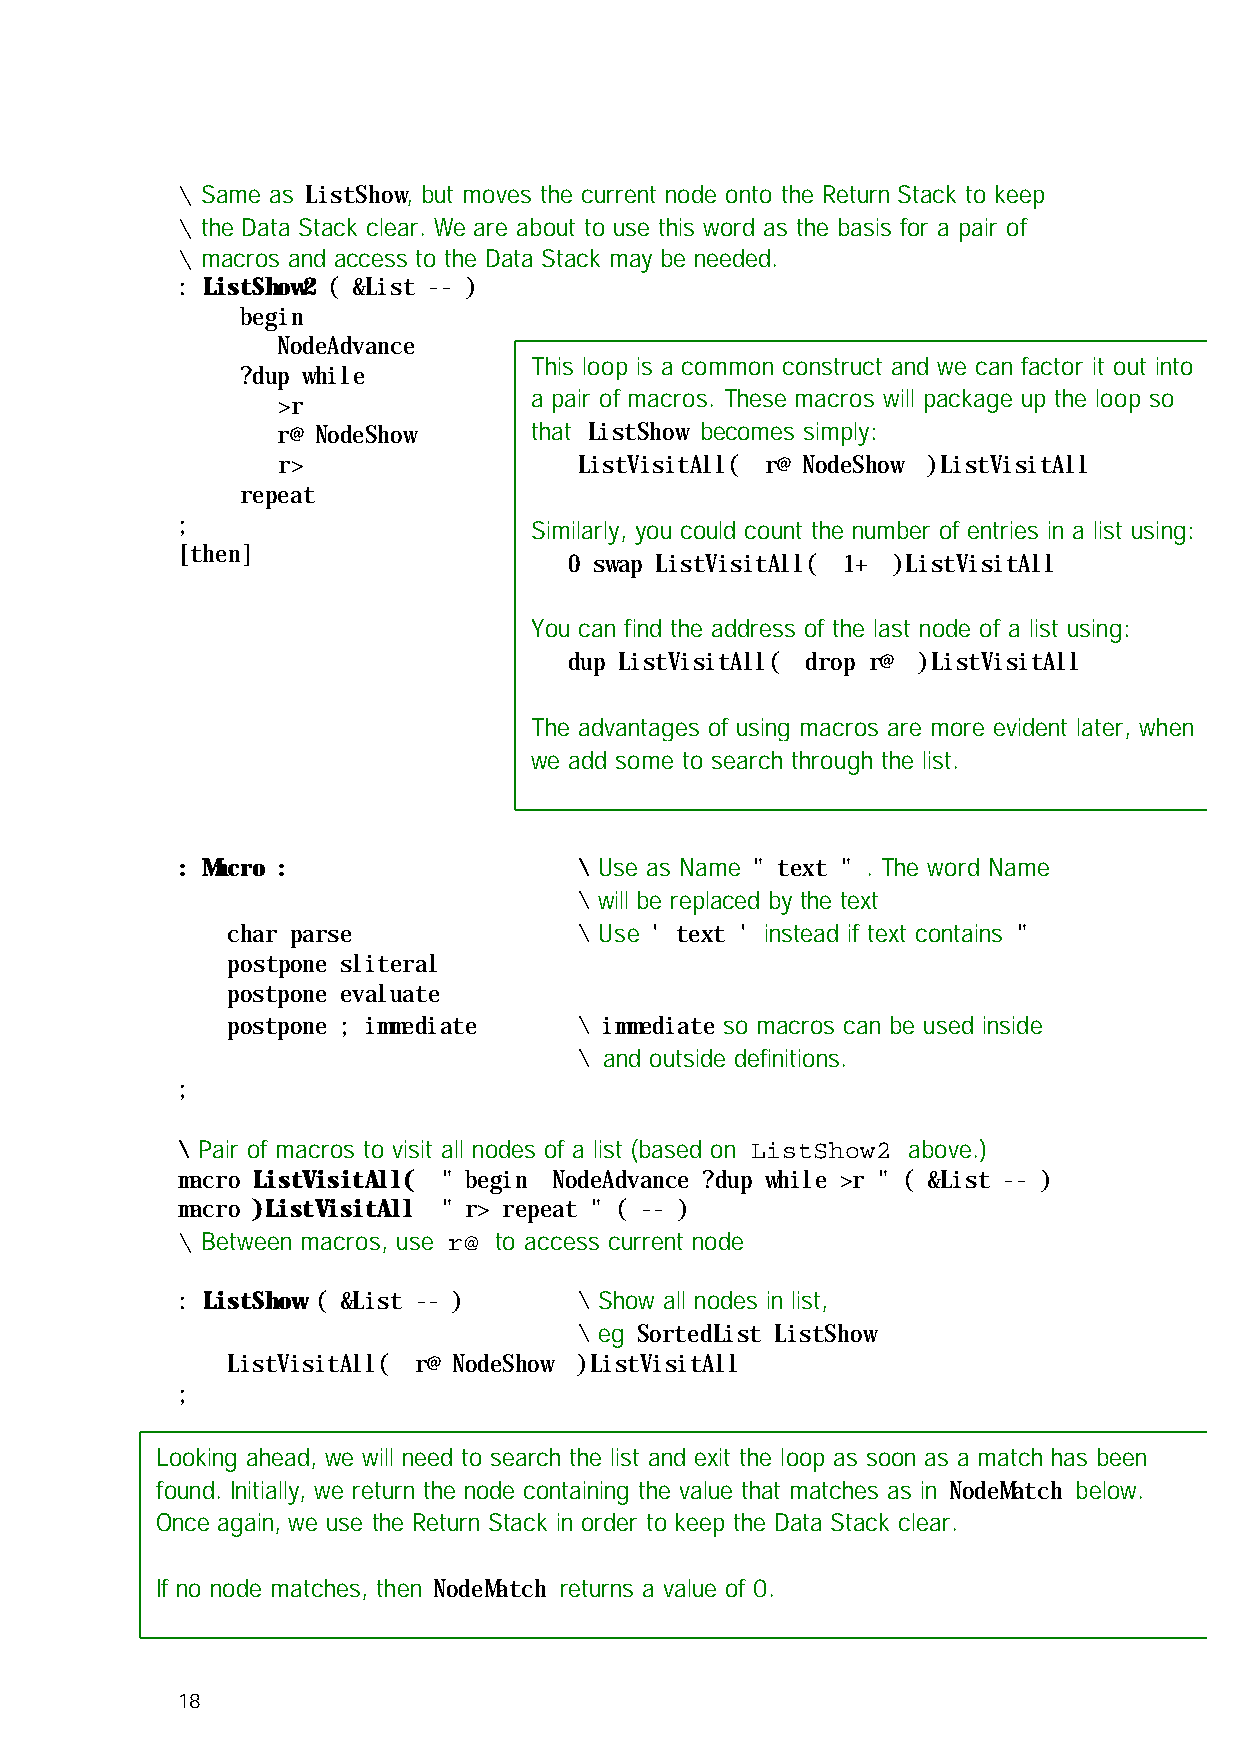
\ Same as ListShow, but moves the current node onto the Return Stack to keep
 \ the Data Stack clear. We are about to use this word as the basis for a pair of
 \ macros and access to the Data Stack may be needed.
 : ListShow2 ( &List -- )
 begin
 NodeAdvance
 This loop is a common construct and we can factor it out into
 ?dup while
 a pair of macros. These macros will package up the loop so
 >r
 r@ NodeShow      that ListShow becomes simply:
 r>                  ListVisitAll( r@ NodeShow )ListVisitAll
 repeat
 ;                      Similarly, you could count the number of entries in a list using:
 [then]
 0 swap ListVisitAll( 1+ )ListVisitAll
 You can find the address of the last node of a list using:
 dup ListVisitAll( drop r@ )ListVisitAll
 The advantages of using macros are more evident later, when
 we add some to search through the list.
 : Macro :                 \ Use as Name " text " . The word Name
 \ will be replaced by the text
 char parse             \ Use ' text ' instead if text contains "
 postpone sliteral
 postpone evaluate
 postpone ; immediate   \ immediate so macros can be used inside
 \ and outside definitions.
 ;
 \ Pair of macros to visit all nodes of a list (based on ListShow2 above.)
 macro ListVisitAll( " begin NodeAdvance ?dup while >r " ( &List -- )
 macro )ListVisitAll " r> repeat " ( -- )
 \ Between macros, use r@ to access current node
 : ListShow ( &List -- )   \ Show all nodes in list,
 \ eg SortedList ListShow
 ListVisitAll( r@ NodeShow )ListVisitAll
 ;
 Looking ahead, we will need to search the list and exit the loop as soon as a match has been
 found. Initially, we return the node containing the value that matches as in NodeMatch below.
 Once again, we use the Return Stack in order to keep the Data Stack clear.
 If no node matches, then NodeMatch returns a value of 0.
 18